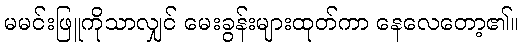
မမင်းဖြူကိုသာလျှင် မေးခွန်းများထုတ်ကာ နေလေတော့၏။